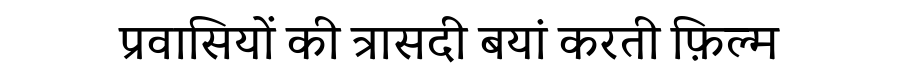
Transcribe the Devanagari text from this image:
प्रवासियों की त्रासदी बयां करती फ़िल्म